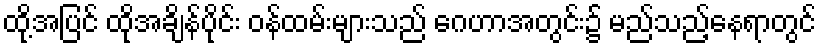
ထို့အပြင် ထိုအချိန်ပိုင်း ဝန်ထမ်းများသည် ဂေဟာအတွင်း၌ မည်သည့်နေရာတွင်